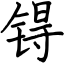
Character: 锝